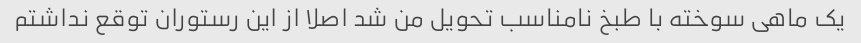
یک ماهی سوخته با طبخ نامناسب تحویل من شد اصلا از این رستوران توقع نداشتم